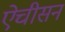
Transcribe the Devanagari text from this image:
ऐचीसन